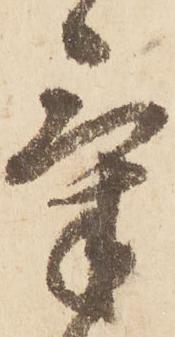
氣